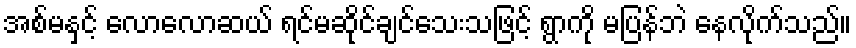
အစ်မနှင့် လောလောဆယ် ရင်မဆိုင်ချင်သေးသဖြင့် ရွာကို မပြန်ဘဲ နေလိုက်သည်။